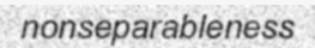
nonseparableness